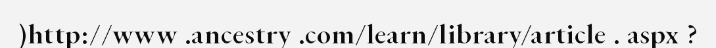
)http://www .ancestry .com/learn/library/article . aspx ?